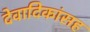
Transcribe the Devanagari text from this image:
देवादिकांसह